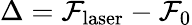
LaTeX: \Delta=\mathcal{F}_{\mathrm{{laser}}}-\mathcal{F}_{0}